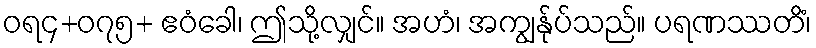
ဝရ၄+၀၇၅+ ဧဝံခေါ၊ ဤသို့လျှင်။ အဟံ၊ အကျွန်ုပ်သည်။ ပရဏဿတိံ၊